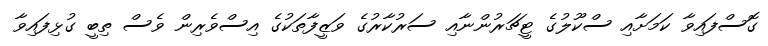
ގޮސްފައިވާ ކަމަށާއި ސްކޫލުގެ ޓީޗަރުންނާއި ސަރުކާރުގެ ވަޒީފާތަކުގެ އިސްވެރިން ވެސް ތިބީ ގުޅިފައިވާ